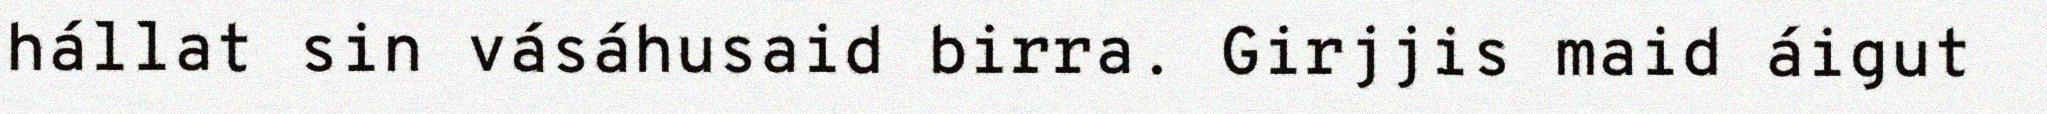
hállat sin vásáhusaid birra. Girjjis maid áigut